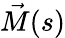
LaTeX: \vec{M}(s)